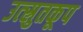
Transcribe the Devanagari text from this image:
उत्स्रुतकूप